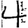
Digit: 4